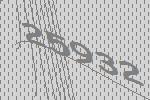
25932